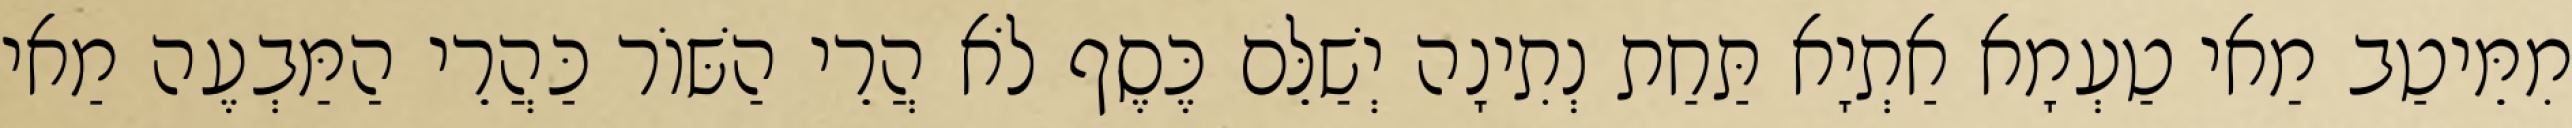
מִמֵּיטַב מַאי טַעְמָא אַתְיָא תַּחַת נְתִינָה יְשַׁלֵּם כֶּסֶף לֹא הֲרֵי הַשּׁוֹר כַּהֲרֵי הַמַּבְעֶה מַאי